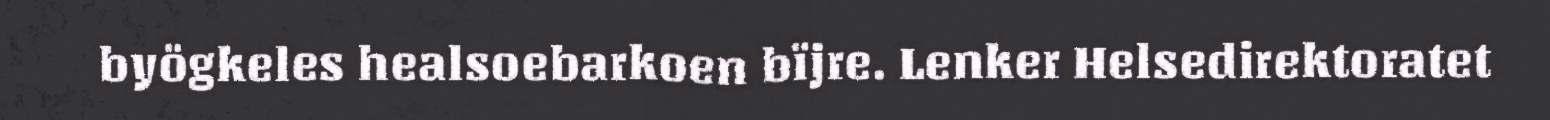
byögkeles healsoebarkoen bïjre. Lenker Helsedirektoratet